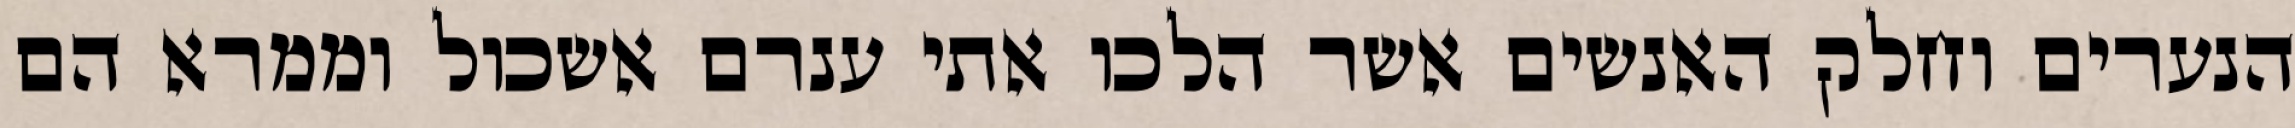
הנערים וחלק האנשים אשר הלכו אתי ענרם אשכול וממרא הם